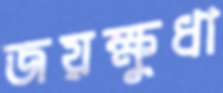
জয়ক্ষুধা